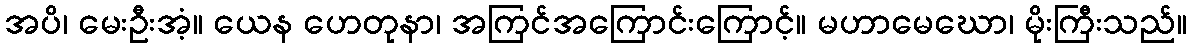
အပိ၊ မေးဦးအံ့။ ယေန ဟေတုနာ၊ အကြင်အကြောင်းကြောင့်။ မဟာမေဃော၊ မိုးကြီးသည်။